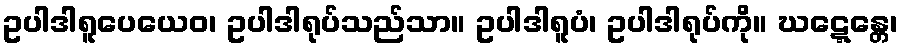
ဥပါဒါရူပေယေဝ၊ ဥပါဒါရုပ်သည်သာ။ ဥပါဒါရူပံ၊ ဥပါဒါရုပ်ကို။ ဃဋ္ဋေန္တေ၊